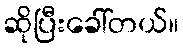
ဆိုပြီးခေါ်တယ်။